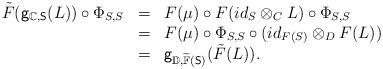
\begin{align*}\begin{array}{lll}\tilde{F}(\mathsf{g}_{\mathbb{C},\mathsf{S}}(L))\circ\Phi_{S,S}&=&F(\mu)\circ F(id_S\otimes_C L)\circ \Phi_{S,S}\\&=&F(\mu)\circ\Phi_{S,S}\circ (id_{F(S)}\otimes_D F(L))\\&=&\mathsf{g}_{\mathbb{D},\widetilde{\mathbb{F}}(\mathsf{S})}(\tilde{F}(L)).\end{array}\end{align*}